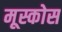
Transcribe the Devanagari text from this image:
मूस्कोस